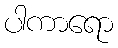
ပါကာရော